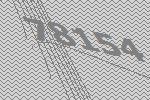
78154